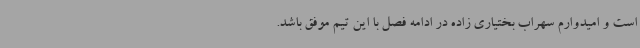
است و امیدوارم سهراب بختیاری زاده در ادامه فصل با این تیم موفق باشد.